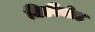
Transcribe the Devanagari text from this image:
चिर्ङीमोठ